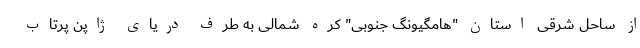
از ساحل شرقی استان "هامگیونگ جنوبی" کره شمالی به طرف دریای ژاپن پرتاب